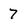
Character: 7